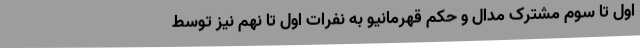
اول تا سوم مشترک مدال و حکم قهرمانیو به نفرات اول تا نهم نیز توسط